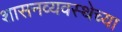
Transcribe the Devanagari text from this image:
शासनव्यवस्थेच्या